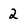
Character: 2